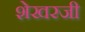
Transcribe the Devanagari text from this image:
शेखरजी